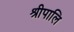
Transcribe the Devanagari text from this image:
श्रीपालि